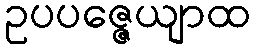
ဥပပဇ္ဇေယျာထ